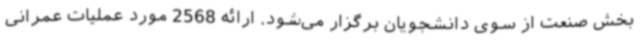
بخش صنعت از سوی دانشجویان برگزار می‌شود. ارائه 2568 مورد عملیات عمرانی